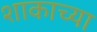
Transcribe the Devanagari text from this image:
शाकाच्या